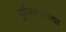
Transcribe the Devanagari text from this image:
पूर्वभागातल्या